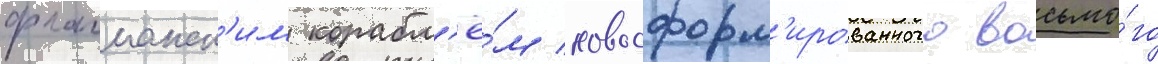
флагманск'им корабл'ё́м новосформ'ированного восьмо́го